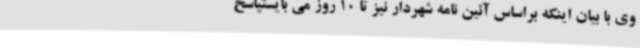
وی با بیان اینکه براساس آئین نامه شهردار نیز تا 10 روز می بایستپاسخ